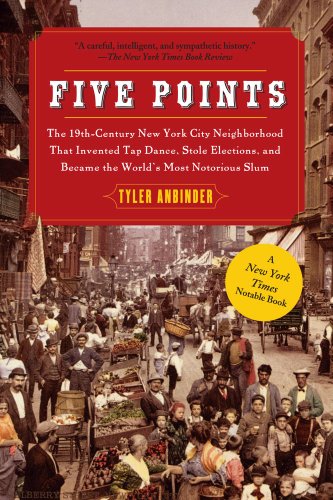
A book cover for Five Points: The 19th Century New York City Neighborhood that Invented Tap Dance, Stole Elections, and Became the World's Most Notorious Slum; Tyler Anbinder; Humor & Entertainment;